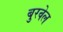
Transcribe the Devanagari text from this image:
बुरवेल